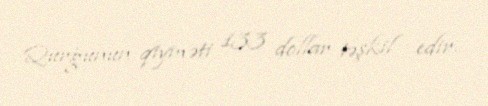
Qurğunun qiyməti 133 dollar təşkil edir.